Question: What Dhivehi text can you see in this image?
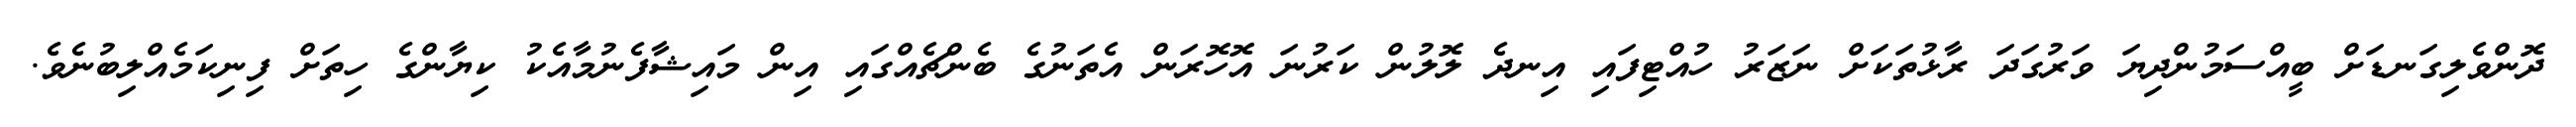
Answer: ދޮންވެލިގަނޑަށް ބީއްސަމުންދިޔަ ވަރުގަދަ ރާޅުތަކަށް ނަޒަރު ހުއްޓިފައި އިނދެ ލޮލުން ކަރުނަ އޮހޮރަން އެތަނުގެ ބެންޗެއްގައި އިން މައިޝާފެނުމާއެކު ކިޔާންގެ ހިތަށް ފިނިކަމެއްލިބުނެވެ.